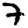
Digit: 7